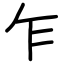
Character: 乍